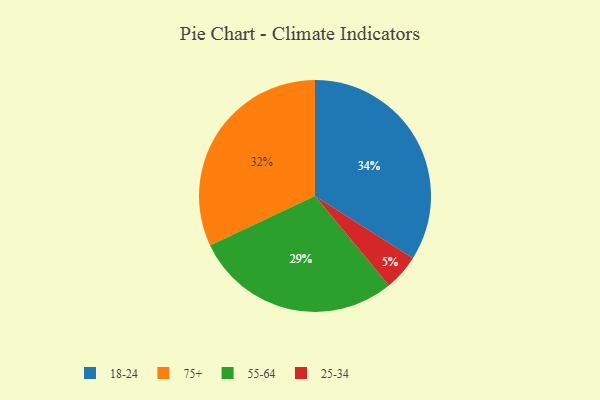
{"axis": {"x": "Category", "y": "Percentage"}, "legend": ["18-24", "25-34", "55-64", "75+"], "data": [{"x": "75+", "y": 32, "type": "75+"}, {"x": "25-34", "y": 5, "type": "25-34"}, {"x": "55-64", "y": 29, "type": "55-64"}, {"x": "18-24", "y": 34, "type": "18-24"}]}